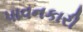
પાવનકારી